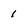
Character: 1